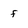
Character: f